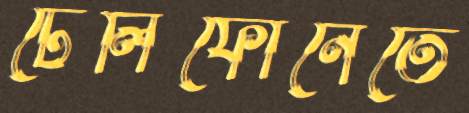
টেলিফোনেতে